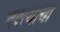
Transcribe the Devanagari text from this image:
तक्त्याचा